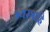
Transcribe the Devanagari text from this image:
भ्यस्त्राहि